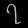
Digit: ၇